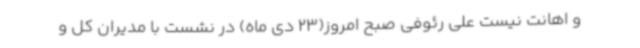
و اهانت نیست علی رئوفی صبح امروز(23 دی ماه) در نشست با مدیران کل و